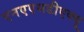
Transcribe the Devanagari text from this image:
एनएएसडीएक्यू